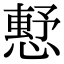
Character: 𢡴